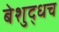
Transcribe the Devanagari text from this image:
बेशुद्धच